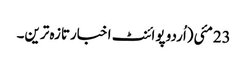
23مئی(اُردو پوائنٹ اخبارتازہ ترین۔